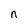
Character: n